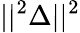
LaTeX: ||^{2}{\Delta}||^{2}